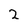
Character: 2